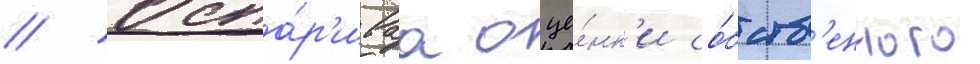
// Оспа́р'иваа оце́нк'и со́бств'енного